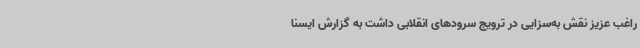
راغب عزیز نقش به‌سزایی در ترویج سرودهای انقلابی داشت به گزارش ایسنا